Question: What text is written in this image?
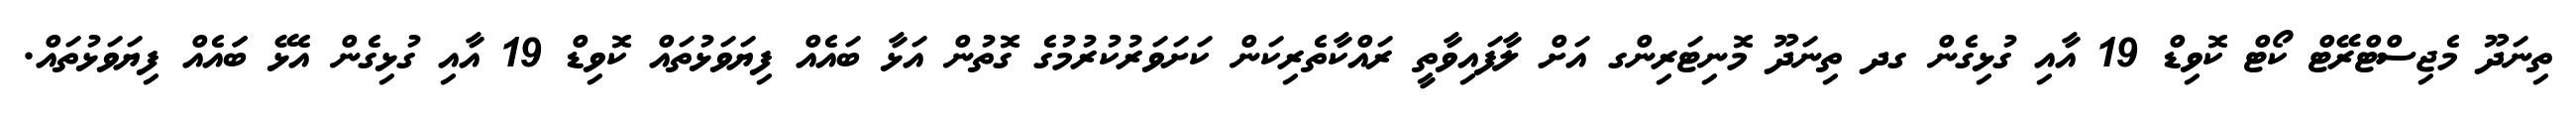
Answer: ތިނަދޫ މެޖިސްޓްރޭޓް ކޯޓް ކޮވިޑް 19 އާއި ގުޅިގެން ގދ ތިނަދޫ މޮނިޓަރިންގ އަށް ލާފައިވާތީ ރައްކާތެރިކަން ކަށަވަރުކުރުމުގެ ގޮތުން އަޅާ ބައެއް ފިޔަވަޅުތައް ކޮވިޑް 19 އާއި ގުޅިގެން އެޅޭ ބަައެއް ފިޔަވަޅުތައް.